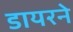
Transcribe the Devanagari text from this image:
डायरने